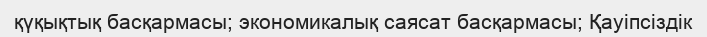
қүқықтық басқармасы; экономикалық саясат басқармасы; Қауіпсіздік